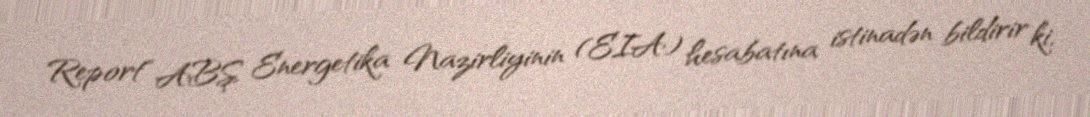
Report" ABŞ Energetika Nazirliyinin (EIA) hesabatına istinadən bildirir ki,